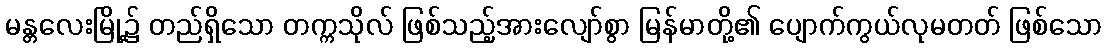
မန္တလေးမြို့၌ တည်ရှိသော တက္ကသိုလ် ဖြစ်သည့်အားလျော်စွာ မြန်မာတို့၏ ပျောက်ကွယ်လုမတတ် ဖြစ်သော